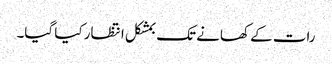
رات کے کھانے تک بمشکل انتظار کیا گیا۔